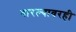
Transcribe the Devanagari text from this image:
वारल्यावरही